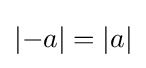
\left|-a\right|=|a|